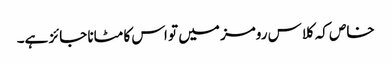
خاص کہ کلاس رومز میں تو اس کا مٹانا جائز ہے۔